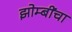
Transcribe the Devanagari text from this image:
झोम्बींचा